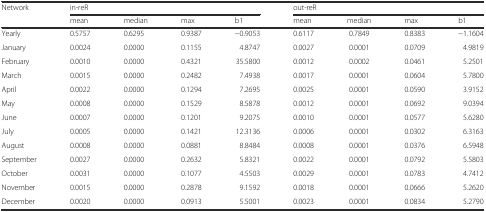
<table><thead><tr><td><b>Network</b></td><td colspan="4"><b>in-reR</b></td><td colspan="4"><b>out-reR</b></td></tr><tr><td></td><td><b>mean</b></td><td><b>median</b></td><td><b>max</b></td><td><b>b1</b></td><td><b>mean</b></td><td><b>median</b></td><td><b>max</b></td><td><b>b1</b></td></tr></thead><tbody><tr><td>Yearly</td><td>0.5757</td><td>0.6295</td><td>0.9387</td><td>−0.9053</td><td>0.6117</td><td>0.7849</td><td>0.8383</td><td>−1.1604</td></tr><tr><td>January</td><td>0.0024</td><td>0.0000</td><td>0.1155</td><td>4.8747</td><td>0.0027</td><td>0.0001</td><td>0.0709</td><td>4.9819</td></tr><tr><td>February</td><td>0.0010</td><td>0.0000</td><td>0.4321</td><td>35.5800</td><td>0.0012</td><td>0.0002</td><td>0.0461</td><td>5.2501</td></tr><tr><td>March</td><td>0.0015</td><td>0.0000</td><td>0.2482</td><td>7.4938</td><td>0.0017</td><td>0.0001</td><td>0.0604</td><td>5.7800</td></tr><tr><td>April</td><td>0.0022</td><td>0.0000</td><td>0.1294</td><td>7.2695</td><td>0.0025</td><td>0.0001</td><td>0.0590</td><td>3.9152</td></tr><tr><td>May</td><td>0.0008</td><td>0.0000</td><td>0.1529</td><td>8.5878</td><td>0.0012</td><td>0.0001</td><td>0.0692</td><td>9.0394</td></tr><tr><td>June</td><td>0.0007</td><td>0.0000</td><td>0.1201</td><td>9.2075</td><td>0.0010</td><td>0.0001</td><td>0.0577</td><td>5.6280</td></tr><tr><td>July</td><td>0.0005</td><td>0.0000</td><td>0.1421</td><td>12.3136</td><td>0.0006</td><td>0.0001</td><td>0.0302</td><td>6.3163</td></tr><tr><td>August</td><td>0.0008</td><td>0.0000</td><td>0.0881</td><td>8.8484</td><td>0.0008</td><td>0.0001</td><td>0.0376</td><td>6.5948</td></tr><tr><td>September</td><td>0.0027</td><td>0.0000</td><td>0.2632</td><td>5.8321</td><td>0.0022</td><td>0.0001</td><td>0.0792</td><td>5.5803</td></tr><tr><td>October</td><td>0.0031</td><td>0.0000</td><td>0.1077</td><td>4.5503</td><td>0.0029</td><td>0.0001</td><td>0.0783</td><td>4.7412</td></tr><tr><td>November</td><td>0.0015</td><td>0.0000</td><td>0.2878</td><td>9.1592</td><td>0.0018</td><td>0.0001</td><td>0.0666</td><td>5.2620</td></tr><tr><td>December</td><td>0.0020</td><td>0.0000</td><td>0.0913</td><td>5.5001</td><td>0.0023</td><td>0.0001</td><td>0.0834</td><td>5.2790</td></tr></tbody></table>